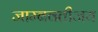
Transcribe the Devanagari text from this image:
जाम्बवतीजय